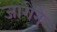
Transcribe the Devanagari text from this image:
जागेने